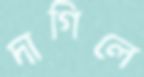
দাগিলে